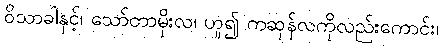
ဝိသာခါနှင့်၊ သော်တာမိုးလ၊ ဟူ၍ ကဆုန်လကိုလည်းကောင်း၊